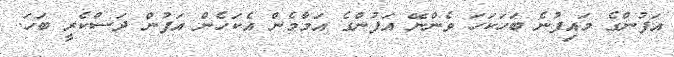
އަފުންގެ މައިފުނެ ބަހަކަހަ ވެންނޭ އަފުންގެ އަމާމެން އެކަހެން އަފުން ދަސްކެރީ ބަހަ.